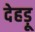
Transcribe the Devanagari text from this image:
देहड़ू